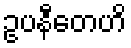
ဥပနီတေဟိ